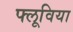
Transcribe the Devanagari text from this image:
फ्लूविया